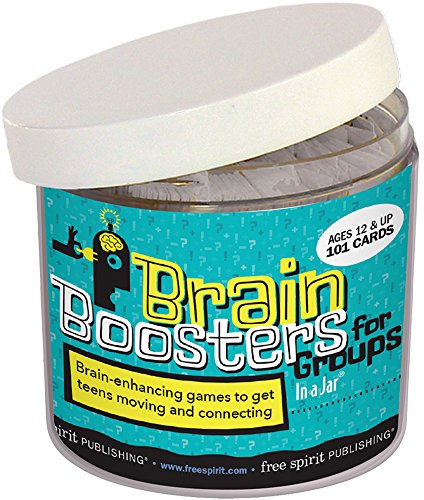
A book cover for Brain Boosters for Groups In a Jar: 101 brain-enhancing games to get teens moving and connecting; Ann Saylor; Teen & Young Adult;